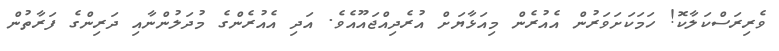
ވެރިރަސްކަލާކޮ! ހަމަކަށަވަރުން އެއުރެން މިއަޅާޔަށް އުރެދިއްޖައޫއެވެ. އަދި އެއުރެންގެ މުދަލުންނާއި ދަރިންގެ ފަރާތުން